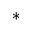
^ *